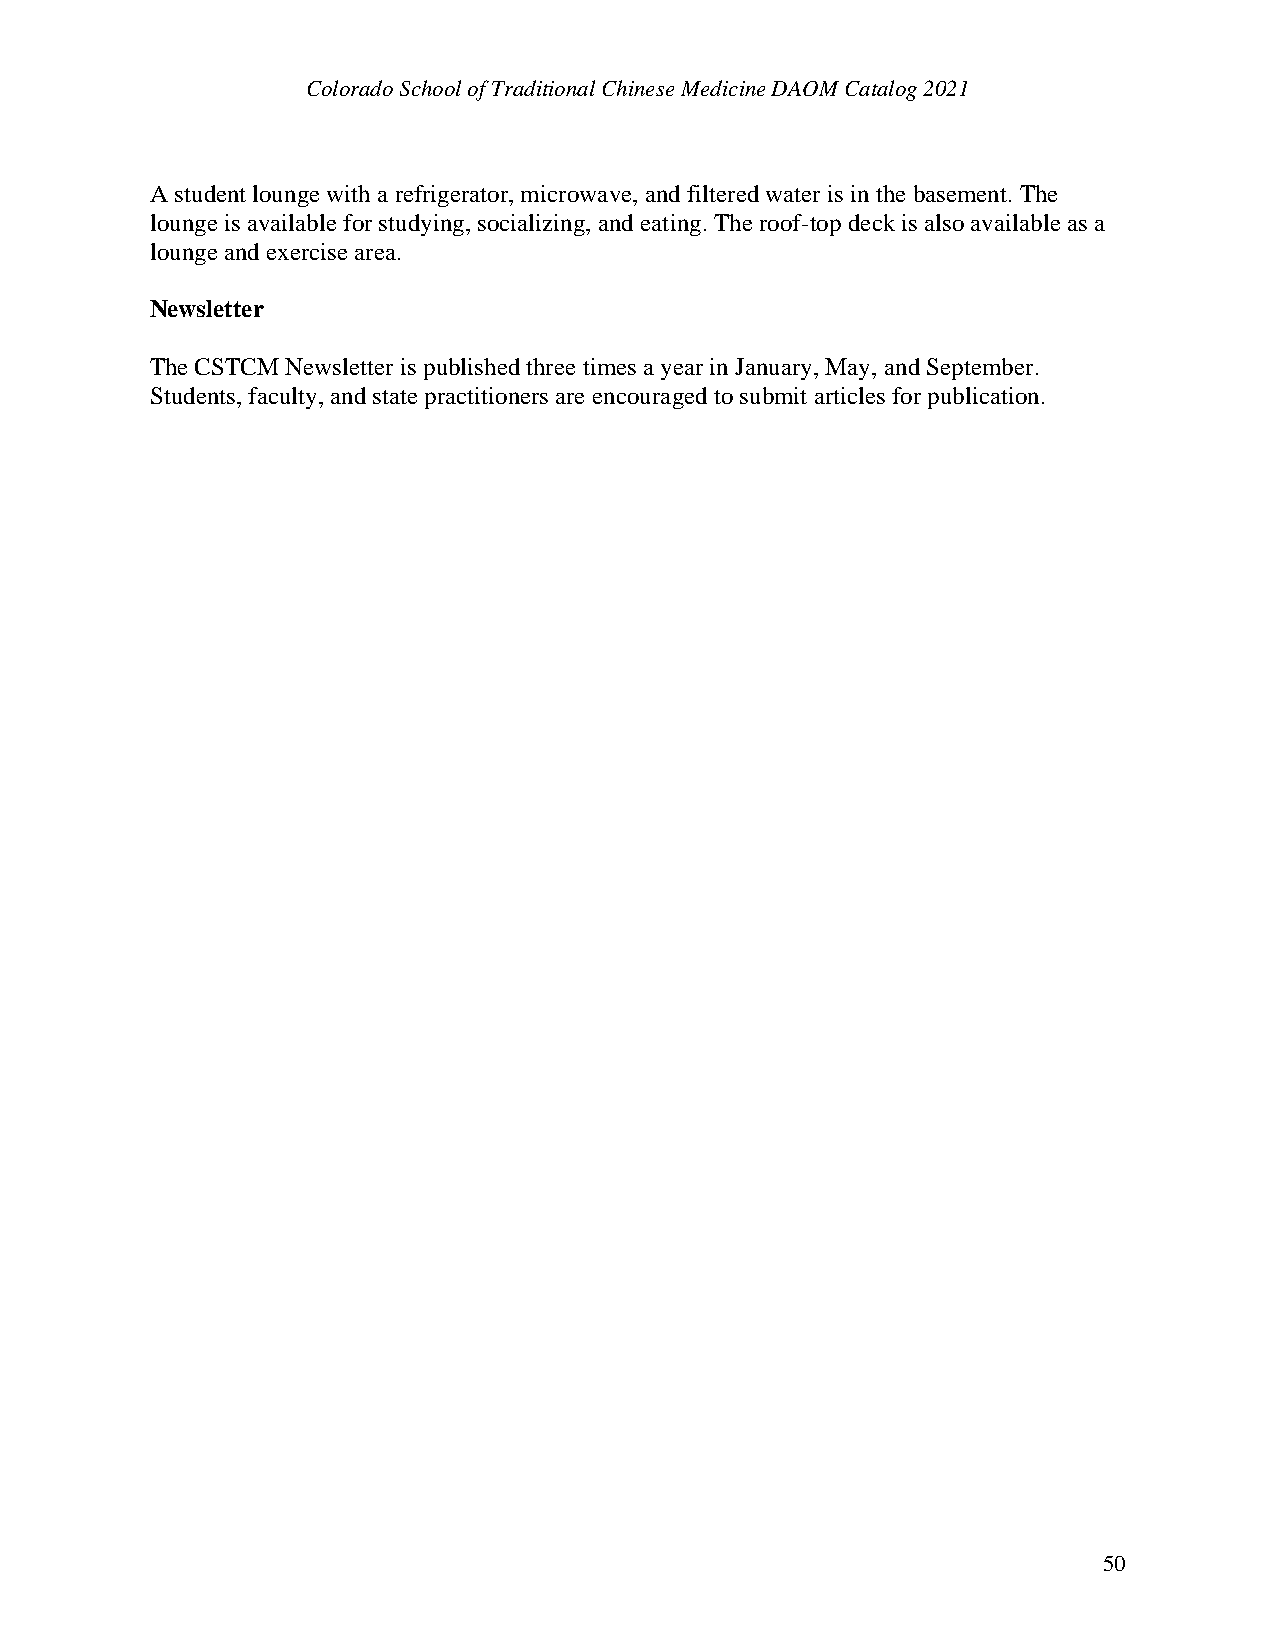
Colorado School of Traditional Chinese Medicine DAOM Catalog 2021
 A student lounge with a refrigerator, microwave, and filtered water is in the basement. The
 lounge is available for studying, socializing, and eating. The roof-top deck is also available as a
 lounge and exercise area.
 Newsletter
 The CSTCM Newsletter is published three times a year in January, May, and September.
 Students, faculty, and state practitioners are encouraged to submit articles for publication.
 50